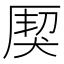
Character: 𤟐